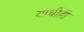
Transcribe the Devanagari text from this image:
यार्थीही